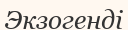
Экзогенді